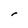
Character: r